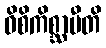
ဝိစိကိစ္ဆာမီတိ